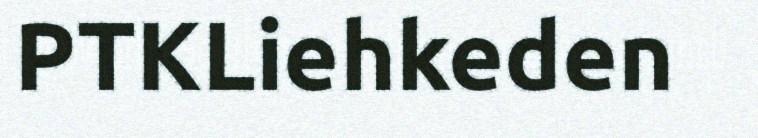
PTKLiehkeden